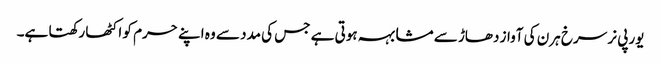
یورپی نر سرخ ہرن کی آواز دھاڑ سے مشابہہ ہوتی ہے جس کی مدد سے وہ اپنے حرم کو اکٹھا رکھتا ہے۔